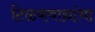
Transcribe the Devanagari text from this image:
टिळकवाद्यांचा